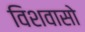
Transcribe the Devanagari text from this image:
विशवासो